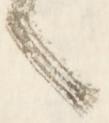
へ